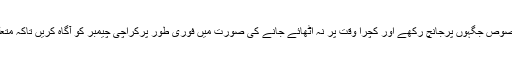
تمام ٹاوٴن ایسوسی ایشنز بھی کچرا پھینکنے کی مخصوص جگہوں پرجانچ رکھے اور کچرا وقت پر نہ اٹھائے جانے کی صورت میں فوری طور پرکراچی چیمبر کو آگاہ کریں تاکہ متعلقہ حکام کو تیزی سے کام کرنے پر زور دیاجائے۔